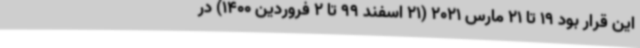
این قرار بود 19 تا 21 مارس 2021 (21 اسفند 99 تا 2 فروردین 1400) در